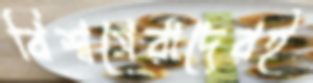
বিশ্বসেরাদেরই